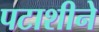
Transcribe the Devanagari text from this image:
पटाशीने